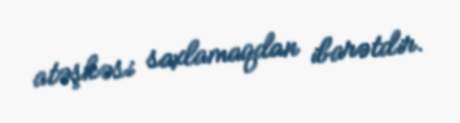
atəşkəsi saxlamaqdan ibarətdir.